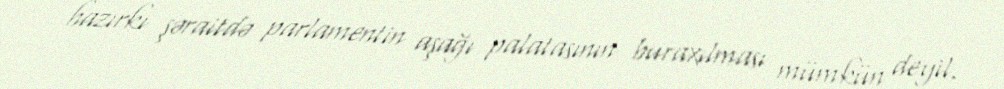
hazırkı şəraitdə parlamentin aşağı palatasının buraxılması mümkün deyil.